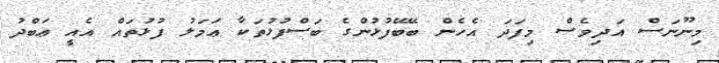
މިނޫނަސް އަދިވެސް މިފަދަ އެހެން ބޭބޭފުޅުންގެ ބަސްފުޅުތަކާ ޢަމަލު ފުޅުތައް އެއީ ޢަބްދު